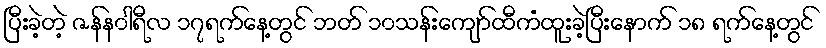
ပြီးခဲ့တဲ့ ဇန်န၀ါရီလ ၁၇ရက်နေ့တွင် ဘတ် ၁၀သန်းကျော်ထီကံထူးခဲ့ပြီးနောက် ၁၈ ရက်နေ့တွင်